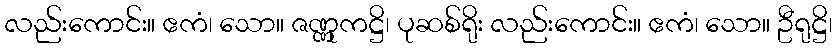
လည်းကောင်း။ ဧကံ၊ သော။ ဇဏ္ဏုကဋ္ဌိ၊ ပုဆစ်ရိုး လည်းကောင်း။ ဧကံ၊ သော။ ဦရုဋ္ဌိ၊